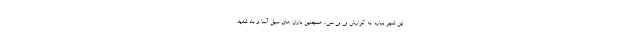
این شهر ببارد. به گزارش بی بی سی، همچنین باران های سیل آسا و باد شدید